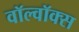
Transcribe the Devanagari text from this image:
वॉल्वॉक्स